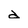
Character: d